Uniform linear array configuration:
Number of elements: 64
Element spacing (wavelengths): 0.5
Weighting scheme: uniform
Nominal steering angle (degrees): -60
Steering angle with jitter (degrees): -58.629
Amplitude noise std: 0.05
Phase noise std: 0.05

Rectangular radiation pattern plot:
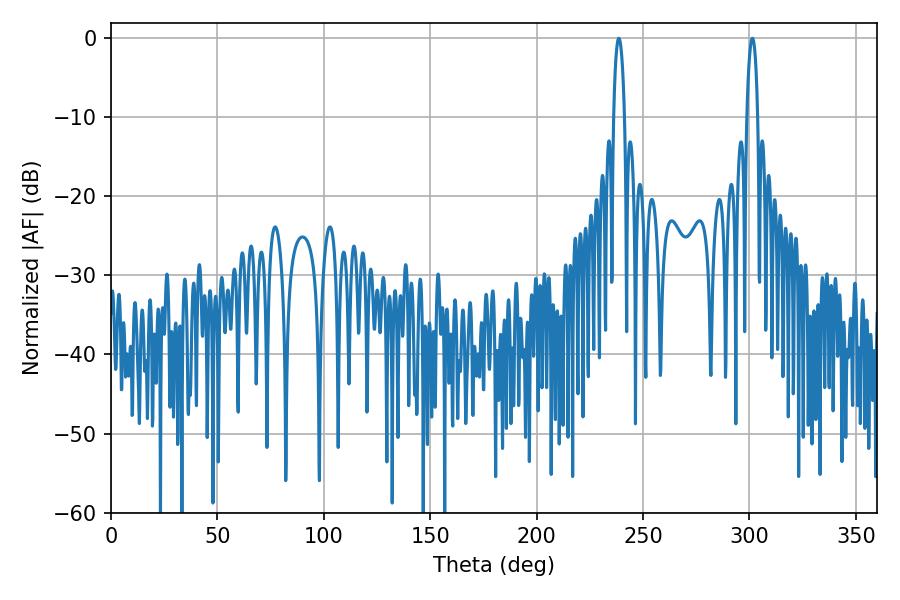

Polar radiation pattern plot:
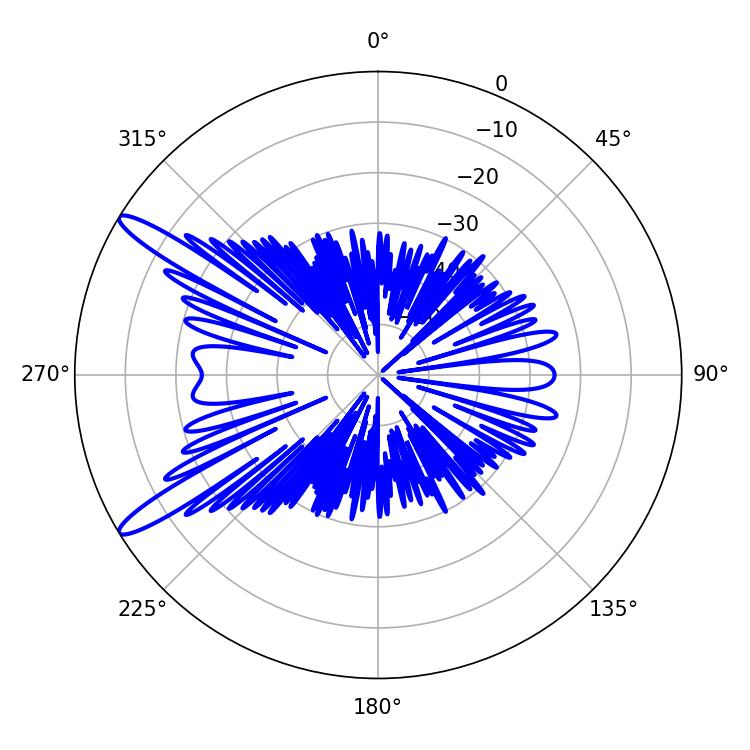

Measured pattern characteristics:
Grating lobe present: FALSE
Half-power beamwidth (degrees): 2.88
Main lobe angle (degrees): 301.32